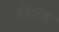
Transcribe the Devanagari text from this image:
केसव